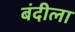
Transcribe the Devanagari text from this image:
बंदीला